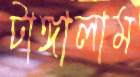
টাঙ্গালাম